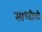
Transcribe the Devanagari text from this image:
साध्वीशी